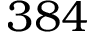
3 8 4